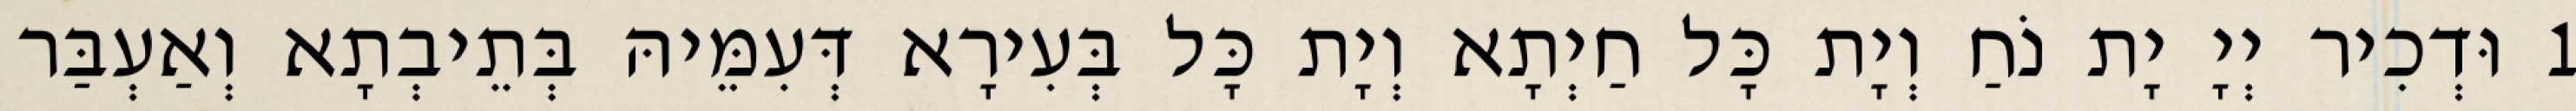
1 וּדְכִיר יְיָ יָת נֹחַ וְיָת כָּל חַיְתָא וְיָת כָּל בְּעִירָא דְּעִמֵּיהּ בְּתֵיבְתָא וְאַעְבַּר